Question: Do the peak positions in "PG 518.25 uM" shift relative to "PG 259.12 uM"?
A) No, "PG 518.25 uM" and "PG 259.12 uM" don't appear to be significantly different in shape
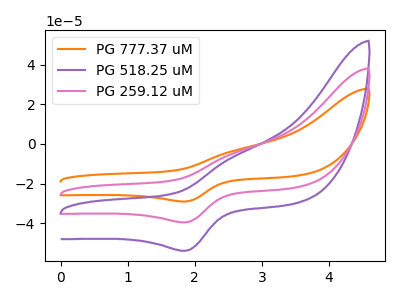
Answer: <think>The orange curve "PG 777.37 uM" has an anodic peak at (2.55V, -10.05uA) and a cathodic peak at (1.85V, -79.10uA). The purple curve "PG 518.25 uM" has an anodic peak at (2.55V, -6.85uA) and a cathodic peak at (1.85V, -53.90uA). The pink curve "PG 259.12 uM" has an anodic peak at (2.55V, -5.05uA) and a cathodic peak at (1.85V, -39.55uA).
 All the peaks in "PG 518.25 uM" have a peak in "PG 259.12 uM" at the same potential.</think>
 <answer>A) No, "PG 518.25 uM" and "PG 259.12 uM" don't appear to be significantly different in shape</answer>
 <eval>A</eval>